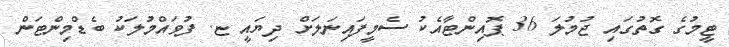
ޓީމުގެ ގޮތުގައި ޖުމުލަ 36 ޕޮއިންޓާއެކު ސެމީފައިނަލަށް ދިޔައީ ޏ. ފުވައްމުލަކު ބެޑްމިންޓަން